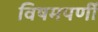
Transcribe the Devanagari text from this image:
विषमपर्णी